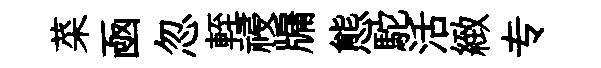
菜凾忽輊祲牖態駝活緻专